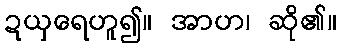
ဍယှရေဟူ၍။ အာဟ၊ ဆို၏။